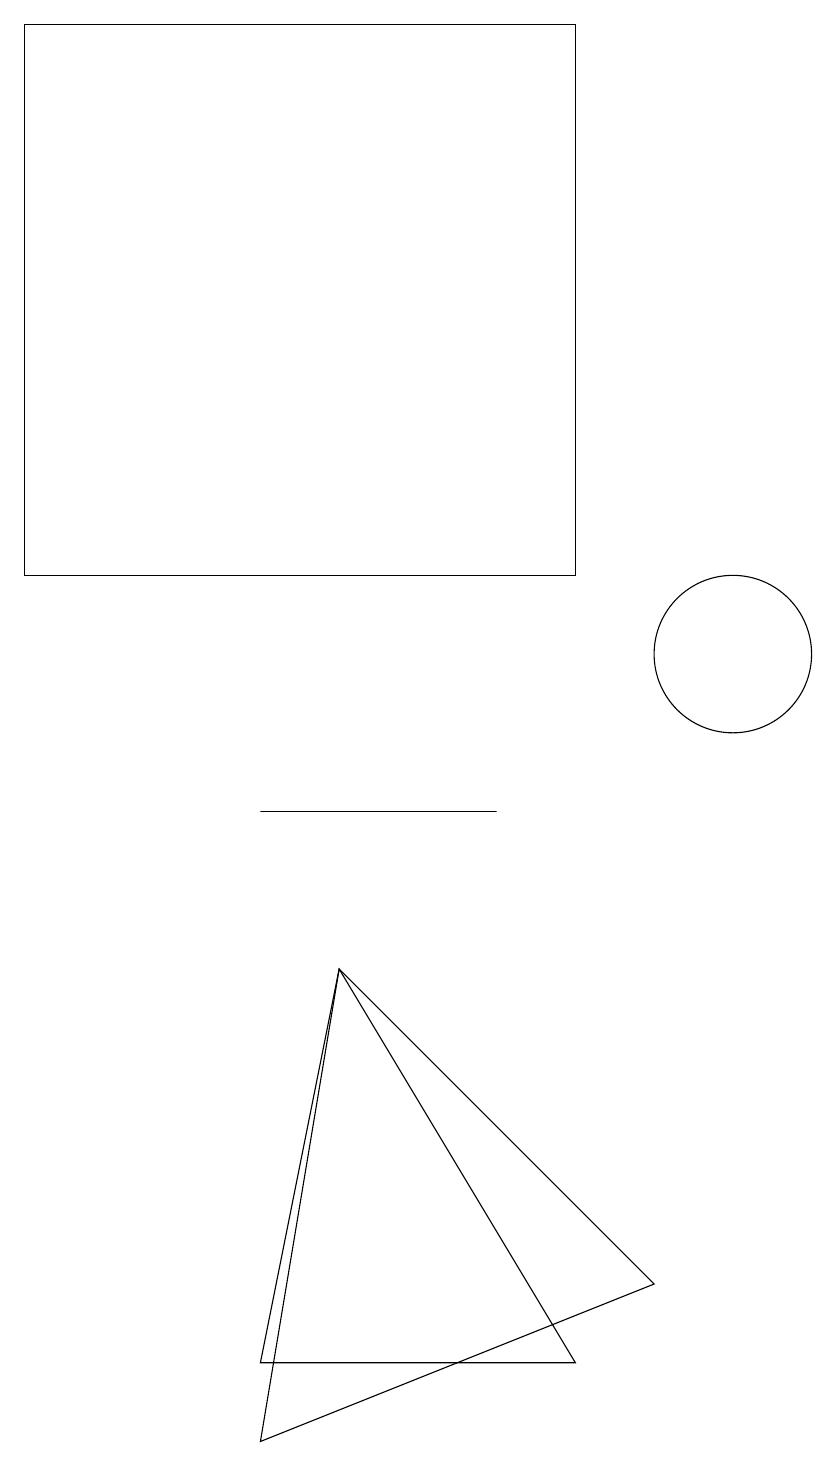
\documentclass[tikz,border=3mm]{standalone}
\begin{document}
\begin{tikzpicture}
\draw (10,10) circle (0);
\draw (5,7) -- (4,1) -- (9,3) -- cycle;
\draw (8,2) -- (5,7) -- (4,2) -- cycle;
\draw (10,11) circle (1);
\draw (8,19) rectangle (1,12);
\draw (4,9) -- (6,9) -- (7,9) -- cycle;
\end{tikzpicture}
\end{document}